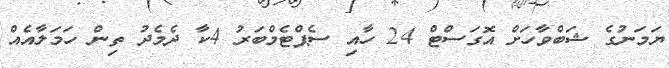
ޔަމަނުގެ ޝަބްވާހަށް އޮގަސްޓް 24 ހާއި ސެޕްޓެމްބަރު 4ކާ ދެމެދު ތިން ހަމަލާއެއް